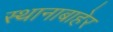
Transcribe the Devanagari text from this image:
स्थानाबाहेर